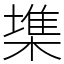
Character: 𣙇